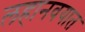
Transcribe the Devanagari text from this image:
लहानवयात